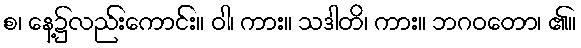
စ၊ နေ့၌လည်းကောင်း။ ဝါ၊ ကား။ သဒါတိ၊ ကား။ ဘဂဝတော၊ ၏။